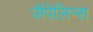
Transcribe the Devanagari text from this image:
ज़ैपेलिन्स